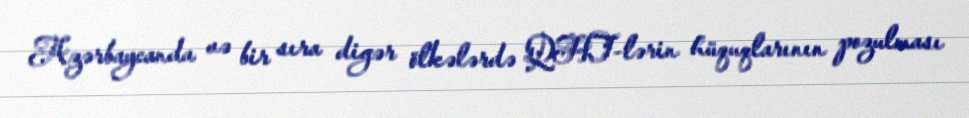
Azərbaycanda və bir sıra digər ölkələrdə QHT-lərin hüquqlarının pozulması